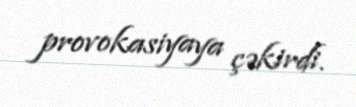
provokasiyaya çəkirdi.